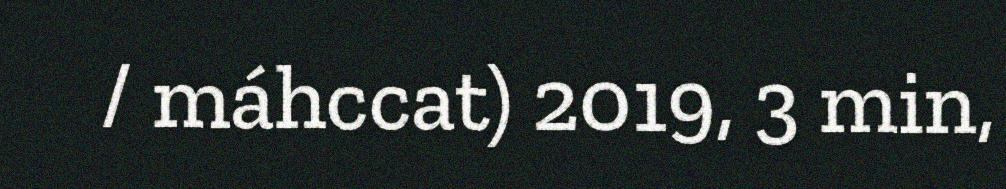
/ máhccat) 2019, 3 min,